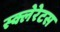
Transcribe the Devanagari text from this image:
स्क्लेरेटस